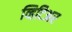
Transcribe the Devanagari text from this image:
व्हिटिअर